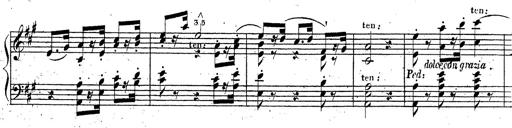
Title: Grande fantaisie sur la tyrolienne de l'opÃ©ra
Composer: Franz Liszt
Key: A major